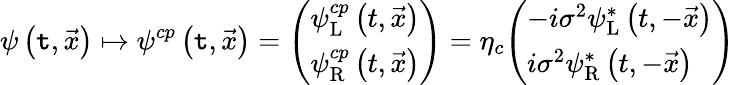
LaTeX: \psi\left(\mathtt{t},{\vec{{x}}}\right)\mapsto\psi^{cp}\left(\mathtt{t},{\vec{{x}}}\right)={\left(\begin{array}{l}{\psi_{\mathrm{L}}^{cp}\left(t,{\vec{x}}\right)}\\ {\psi_{\mathrm{R}}^{cp}\left(t,{\vec{x}}\right)}\end{array}\right)}=\eta_{c}{\left(\begin{array}{l}{-i\sigma^{2}\psi_{\mathrm{L}}^{*}\left(t,-{\vec{x}}\right)}\\ {i\sigma^{2}\psi_{\mathrm{R}}^{*}\left(t,-{\vec{x}}\right)}\end{array}\right)}